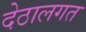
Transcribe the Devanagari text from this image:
देठालगत